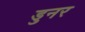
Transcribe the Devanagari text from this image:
डुनर